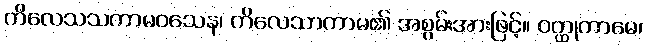
ကိလေသသကာမဝသေန၊ ကိလေသာကာမ၏ အစွမ်းအားဖြင့်။ ဝတ္ထုကာမေ၊